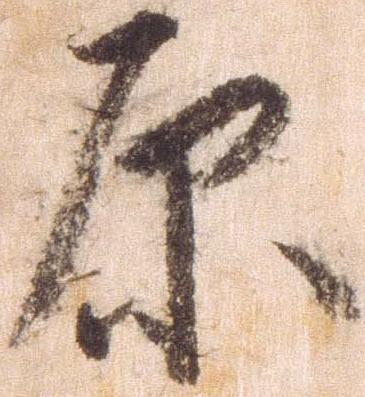
原